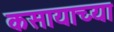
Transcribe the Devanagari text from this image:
कसायाच्या